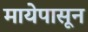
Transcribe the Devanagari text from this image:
मायेपासून